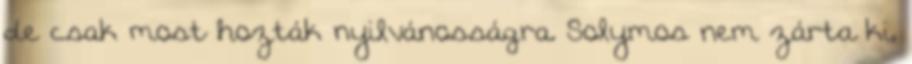
de csak most hozták nyilvánosságra. Solymos nem zárta ki,